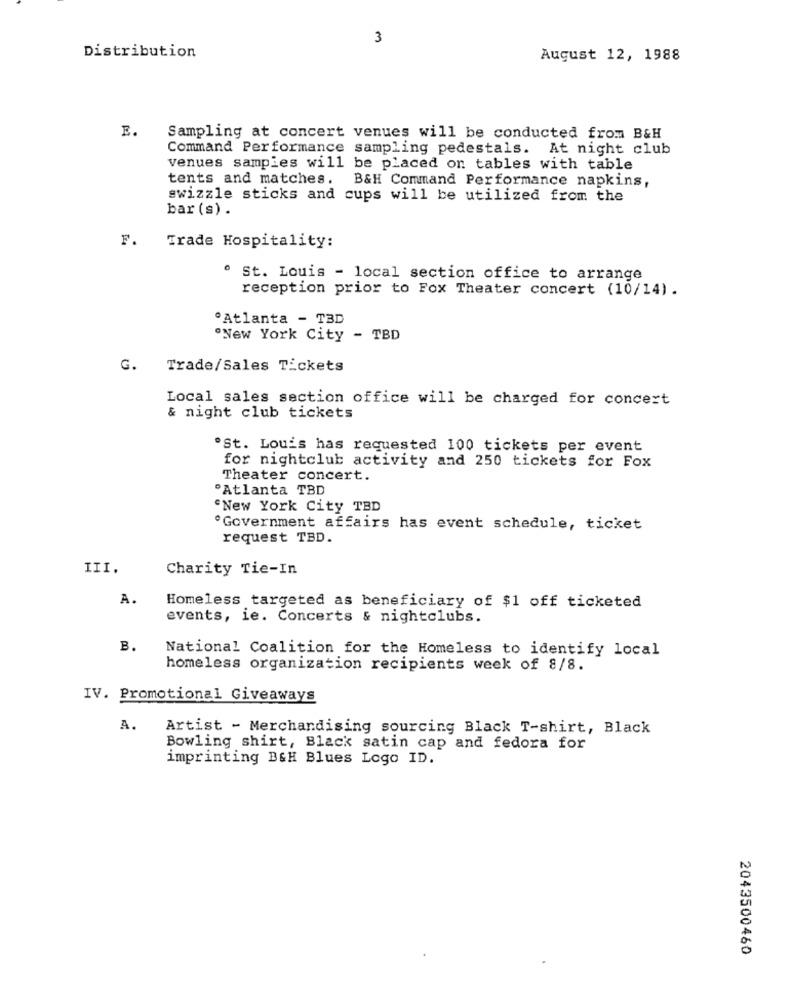
3
Distribution
August 12, 1988
E.
Sampling at concert venues will be conducted from B&H
Command Performance sampling pedestals. At night club
venues samples will be placed on tables with table
tents and matches. B&H Command Performance napkins,
swizzle sticks and cups will be utilized from the
bar (s).
F.
Trade Hospitality:
. St. Louis - local section office to arrange
reception prior to Fox Theater concert (10/14) .
"Atlanta - TBD
"New York City - TBD
G.
Trade/Sales Tickets
Local sales section office will be charged for concert
& night club tickets
.St. Louis has requested 100 tickets per event
for nightclub activity and 250 tickets for Fox
Theater concert.
"Atlanta TBD
New York City TBD
Government affairs has event schedule, ticket
request TBD.
III.
Charity Tie-In
A.
Homeless targeted as beneficiary of $1 off ticketed
events, ie. Concerts & nightclubs.
B.
National Coalition for the Homeless to identify local
homeless organization recipients week of 8/8.
IV. Promotional Giveaways
A.
Artist - Merchandising sourcing Black T-shirt, Black
Bowling shirt, Black satin cap and fedora for
imprinting B&H Blues Logo ID.
2043500460